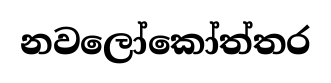
නවලෝකෝත්තර